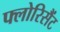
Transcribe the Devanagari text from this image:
फ्लोरिसैंट